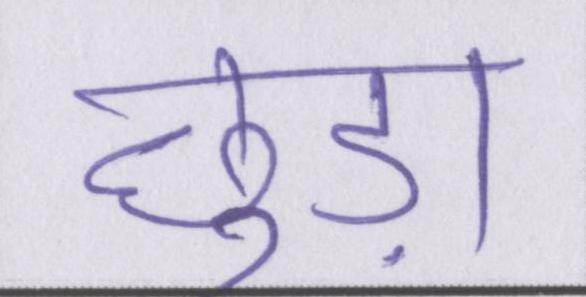
छुड़ा